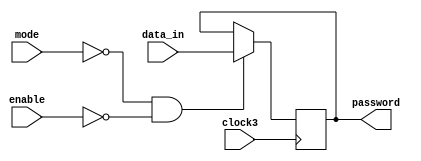
module set_password (mode, data_in, password, clock3, enable);
	input mode,clock3,enable;
	input [11:0] data_in;
	output reg [11:0] password;
	
	always @ (posedge clock3) // three times press button
	begin
		if (!mode && !enable) // mode = 0 (set) and not be blocked
		begin
			password = data_in; 
		end
		else password = password; // else password still password
	end 
endmodule